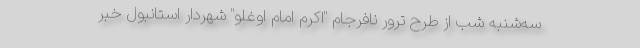
سه‌شنبه شب از طرح ترور نافرجام "اکرم امام اوغلو" شهردار استانبول خبر